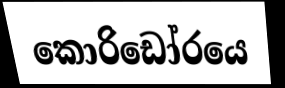
කොරිඩෝරයෙ